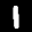
Label: 1